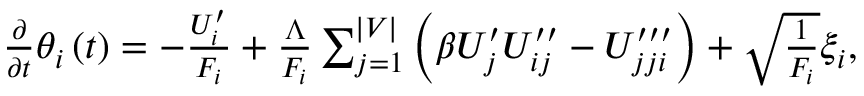
\begin{array} { r } { \frac { \partial } { \partial t } \theta _ { i } \left( t \right) = - \frac { U _ { i } ^ { \prime } } { F _ { i } } + \frac { \Lambda } { F _ { i } } \sum _ { j = 1 } ^ { \vert V \vert } \left( \beta U _ { j } ^ { \prime } U _ { i j } ^ { \prime \prime } - U _ { j j i } ^ { \prime \prime \prime } \right) + \sqrt { \frac { 1 } { F _ { i } } } \xi _ { i } , } \end{array}